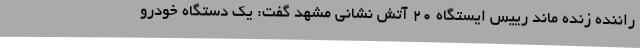
راننده زنده ماند رییس ایستگاه ٢٠ آتش نشانی مشهد گفت: یک دستگاه خودرو